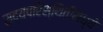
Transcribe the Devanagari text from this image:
सद्यपरिस्थितीमध्ये